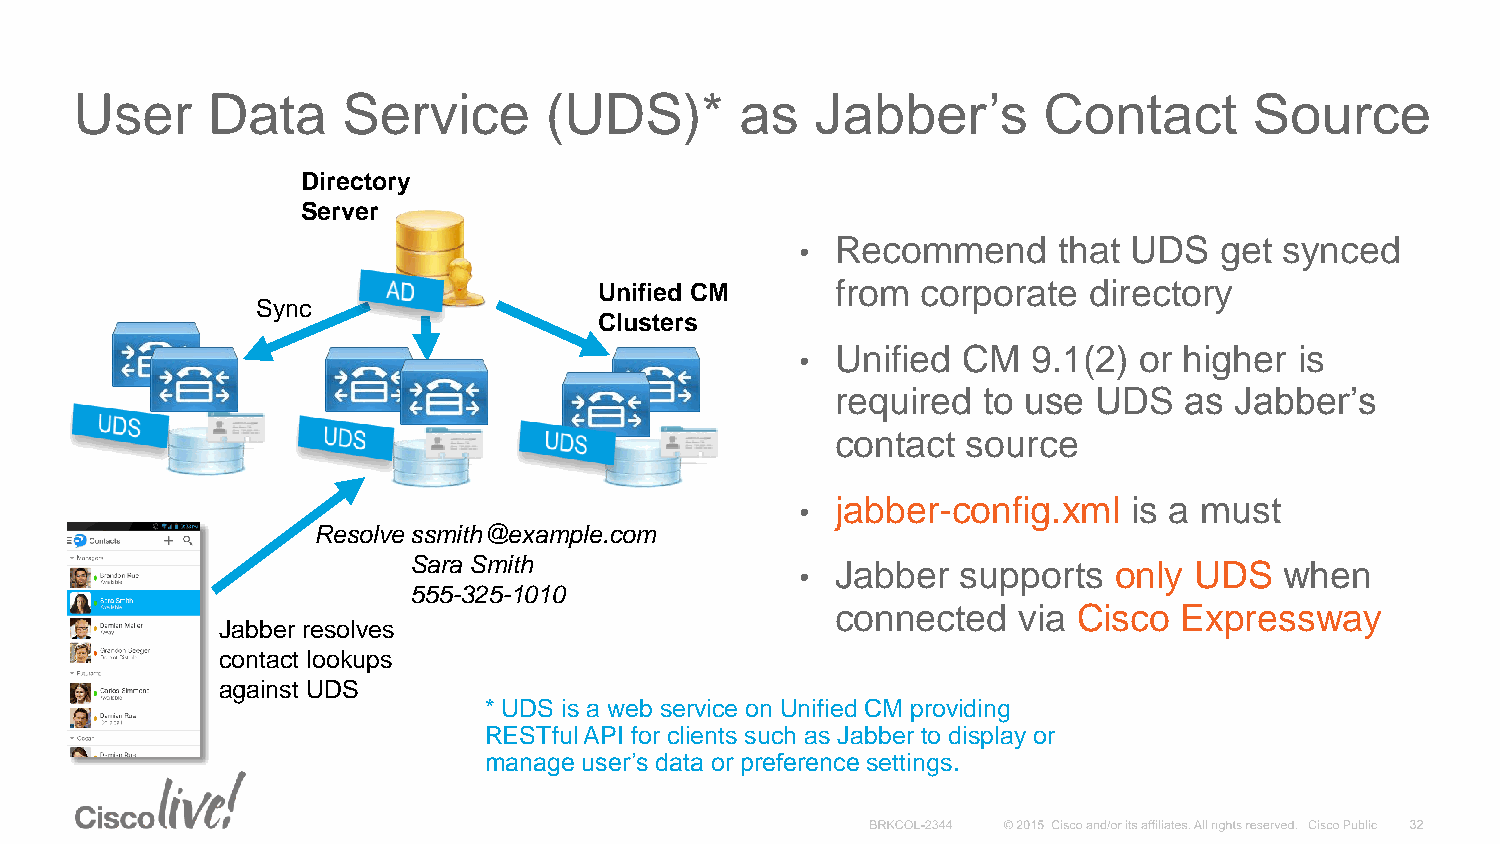
User     Data     Service      (UDS)*       as   Jabber’s       Contact       Source
 Directory
 Server
 • Recommend      that UDS   get synced
 Unified CM     from  corporate  directory
 Sync
 Clusters
 • Unified  CM  9.1(2) or higher  is
 required  to use  UDS  as  Jabber’s
 contact  source
 • jabber-config.xml   is a must
 Resolve ssmith@example.com
 Sara Smith                • Jabber   supports  only UDS   when
 555-325-1010
 connected   via Cisco  Expressway
 Jabber resolves
 contact lookups
 against UDS
 * UDS is a web service on Unified CM providing
 RESTfulAPI for clients such as Jabber to display or
 manage user’s data or preference settings.